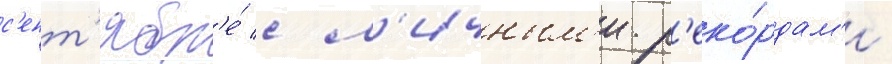
с'ент'ябр'е́ с л'ичным'и р'еко́рдам'и